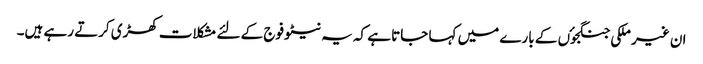
ان غیر ملکی جنگجوٴں کے بارے میں کہا جاتا ہے کہ یہ نیٹو فوج کے لئے مشکلات کھڑی کرتے رہے ہیں۔